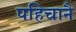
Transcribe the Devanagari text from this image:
पहिचानै